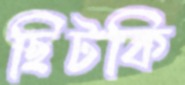
ছিটকি